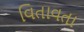
વિતાવતા